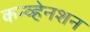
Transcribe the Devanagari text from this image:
कन्व्हेनशन